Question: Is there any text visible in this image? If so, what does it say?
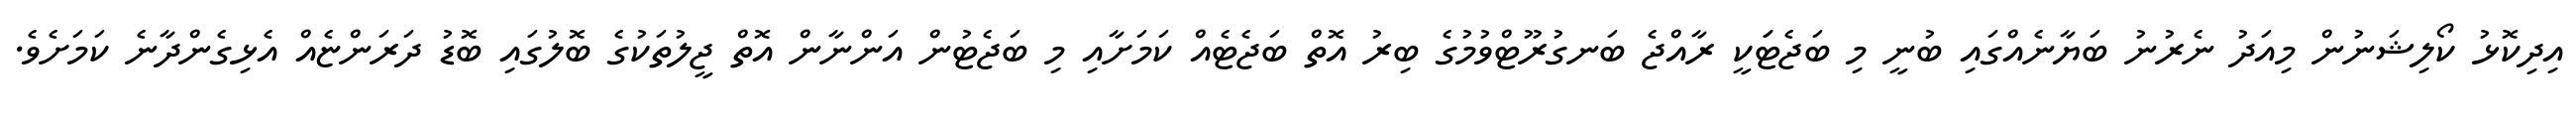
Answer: އިދިކޮޅު ކޯލިޝަނުން މިއަދު ނެރުނު ބަޔާނެއްގައި ބުނީ މި ބަޖެޓަަކީ ރާއްޖެ ބަނގުރޫޓްވުމުގެ ބިރު އޮތް ބަޖެޓެއް ކަމަށާއި މި ބަޖެޓުން އަންނާން އޮތް ޖީލުތަކުގެ ބޮލުގައި ބޮޑު ދަރަންޏެއް އެޅިގެންދާނެ ކަމަށެވެ.